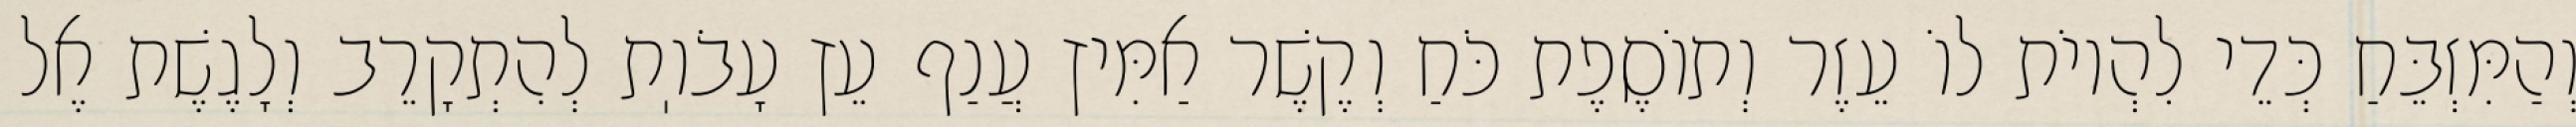
וְהַמִּזְבֵּחַ כְּדֵי לִהְיוֹת לוֹ עֵזֶר וְתוֹסֶפֶת כֹּחַ וְקֶשֶׁר אַמִּיץ עֲנַף עֵץ עָבֹוֽת לְהִתְקָרֵב וְלָגֶשֶׁת אֶל